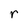
Character: r